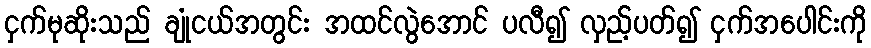
ငှက်မုဆိုးသည် ချုံငယ်အတွင်း အထင်လွဲအောင် ပလီ၍ လှည့်ပတ်၍ ငှက်အပေါင်းကို